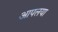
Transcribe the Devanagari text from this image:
आपलया